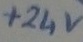
Text: +24V